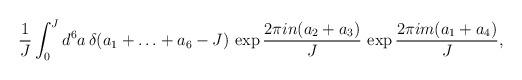
LaTeX: \begin{align*}\frac{1}{J}\int_0^J d^6 a\,\delta(a_1+\ldots+a_6-J)\,\exp \frac{2\pi i n (a_2+a_3)}{J}\,\exp \frac{2\pi i m (a_1+a_4)}{J},\end{align*}